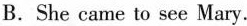
B.She came to see Mary.